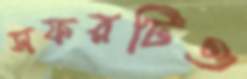
সফরটিও